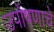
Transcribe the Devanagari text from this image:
उपोषणाचे